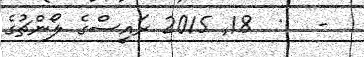
-   :  18